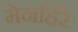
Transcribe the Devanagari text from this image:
मेनहिरे